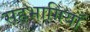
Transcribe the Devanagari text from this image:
सहभागियाँ